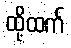
ထို့ထက်